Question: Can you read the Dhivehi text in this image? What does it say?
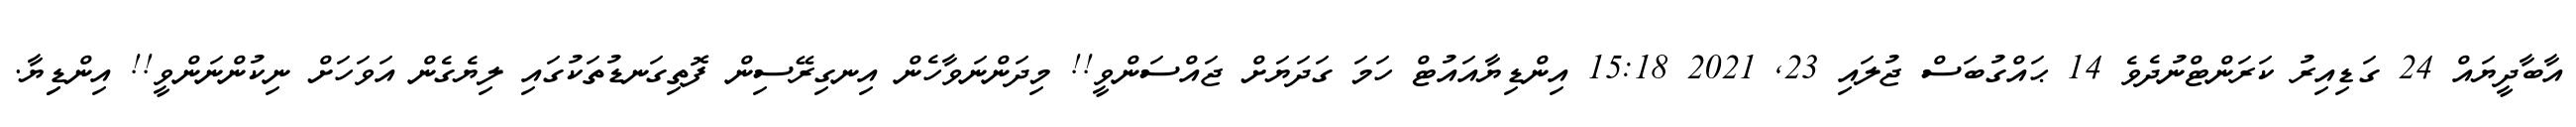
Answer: އާބާދީޔައް 24 ގަޑިއިރު ކަރަންޓްނުދެވެ 14 ޙައްގުބަސް ޖުލައި 23, 2021 15:18 އިންޑިޔާއައުޓް ހަމަ ގަދަޔަށް ޖައްސަންވީ!! މިދަންނަވާހެން އިނގިރޭސިން ފޮތިގަނޑުތަކުގައި ލިޔެގެން އަވަހަށް ނިކުންނަންވީ!! އިންޑިިޔާ.